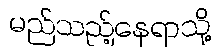
မည်သည့်နေရာသို့